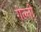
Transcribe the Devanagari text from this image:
गेल्ती